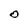
Character: O